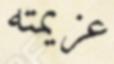
عزيمته